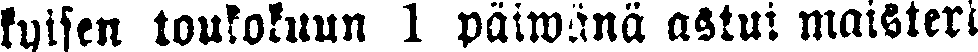
kyisen toukokuun 1 päiwanä astui maisteri